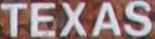
TEXAS